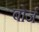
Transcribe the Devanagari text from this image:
बोर्ज